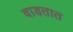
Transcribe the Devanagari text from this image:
वाडतात